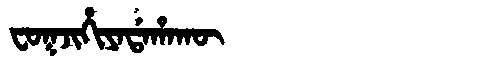
Manchu: ᠸᠣᡴᠵᡳᡥᡳᠶᠠᡩᠠᡥᠠᡴᡡ
Romanization: FOKJIHIYADAHAKŪ